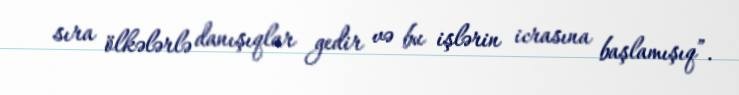
sıra ölkələrlə danışıqlar gedir və bu işlərin icrasına başlamışıq”.